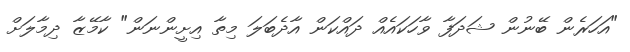
"އަހަރެން ބޭނުން ޝަދަފާ ވާހަކައެއް ދައްކަން އާދެބަލަ މިތާ އިށީންނަން" ކާމޭޒާ ދިމާލަށް